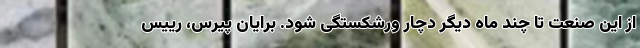
از این صنعت تا چند ماه دیگر دچار ورشکستگی شود. برایان پیرس، رییس